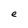
Character: e